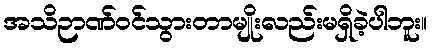
အသိဉာဏ်၀င်သွားတာမျိုးလည်းမရှိခဲ့ပါဘူး။